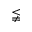
\lneqq